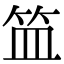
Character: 笽